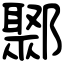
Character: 鄹